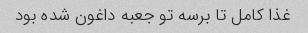
غذا کامل تا برسه تو جعبه داغون شده بود